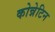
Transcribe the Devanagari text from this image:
कोन्नेटिन